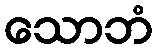
သောဘံ